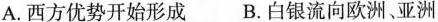
A.西方优势开始形成 B.白银流向欧洲、亚洲